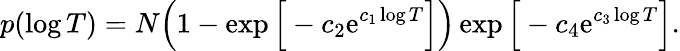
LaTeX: p(\log T)=N\Big(1-\exp\Big[-c_{2}\mathrm{e}^{c_{1}\log T}\Big]\Big)\exp\Big[-c_{4}\mathrm{e}^{c_{3}\log T}\Big].